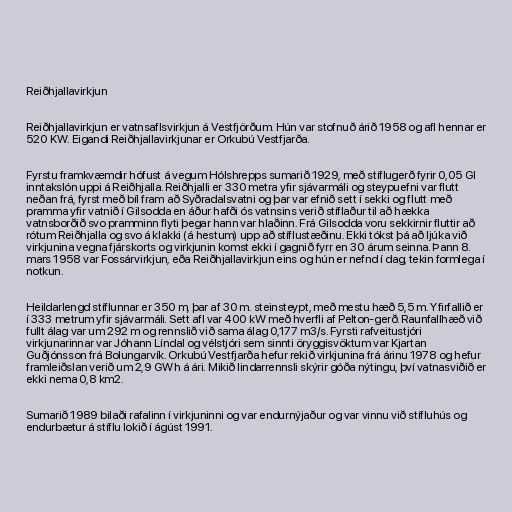
Reiðhjallavirkjun

Reiðhjallavirkjun er vatnsaflsvirkjun á Vestfjörðum. Hún var stofnuð árið 1958 og afl hennar er
520 KW. Eigandi Reiðhjallavirkjunar er Orkubú Vestfjarða.

Fyrstu framkvæmdir hófust á vegum Hólshrepps sumarið 1929, með stíflugerð fyrir 0,05 Gl
inntakslón uppi á Reiðhjalla. Reiðhjalli er 330 metra yfir sjávarmáli og steypuefni var flutt
neðan frá, fyrst með bíl fram að Syðradalsvatni og þar var efnið sett í sekki og flutt með
pramma yfir vatnið í Gilsodda en áður hafði ós vatnsins verið stíflaður til að hækka
vatnsborðið svo pramminn flyti þegar hann var hlaðinn. Frá Gilsodda voru sekkirnir fluttir að
rótum Reiðhjalla og svo á klakki (á hestum) upp að stíflustæðinu. Ekki tókst þá að ljúka við
virkjunina vegna fjárskorts og virkjunin komst ekki í gagnið fyrr en 30 árum seinna. Þann 8.
mars 1958 var Fossárvirkjun, eða Reiðhjallavirkjun eins og hún er nefnd í dag, tekin formlega í
notkun.

Heildarlengd stíflunnar er 350 m, þar af 30 m. steinsteypt, með mestu hæð 5,5 m. Yfirfallið er
í 333 metrum yfir sjávarmáli. Sett afl var 400 kW með hverfli af Pelton-gerð. Raunfallhæð við
fullt álag var um 292 m og rennslið við sama álag 0,177 m3/s. Fyrsti rafveitustjóri
virkjunarinnar var Jóhann Líndal og vélstjóri sem sinnti öryggisvöktum var Kjartan
Guðjónsson frá Bolungarvík. Orkubú Vestfjarða hefur rekið virkjunina frá árinu 1978 og hefur
framleiðslan verið um 2,9 GWh á ári. Mikið lindarrennsli skýrir góða nýtingu, því vatnasviðið er
ekki nema 0,8 km2.

Sumarið 1989 bilaði rafalinn í virkjuninni og var endurnýjaður og var vinnu við stífluhús og
endurbætur á stíflu lokið í ágúst 1991.